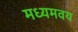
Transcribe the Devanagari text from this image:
मध्यमवय